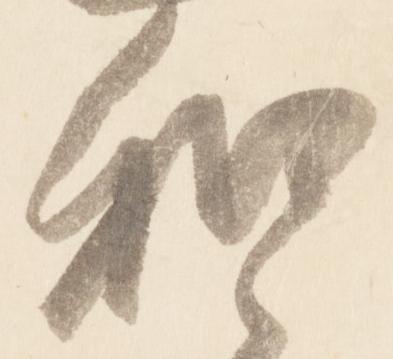
和